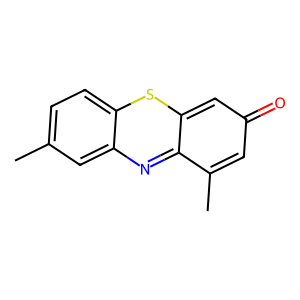
SMILES: Cc1ccc2sc3cc(=O)cc(C)c-3nc2c1
Inhibits HIV replication: No